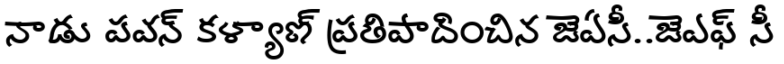
నాడు పవన్ కళ్యాణ్ ప్రతిపాదించిన జెఏసీ..జెఎఫ్ సీ